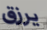
يرزق